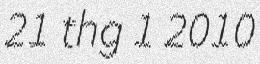
21 thg 1 2010